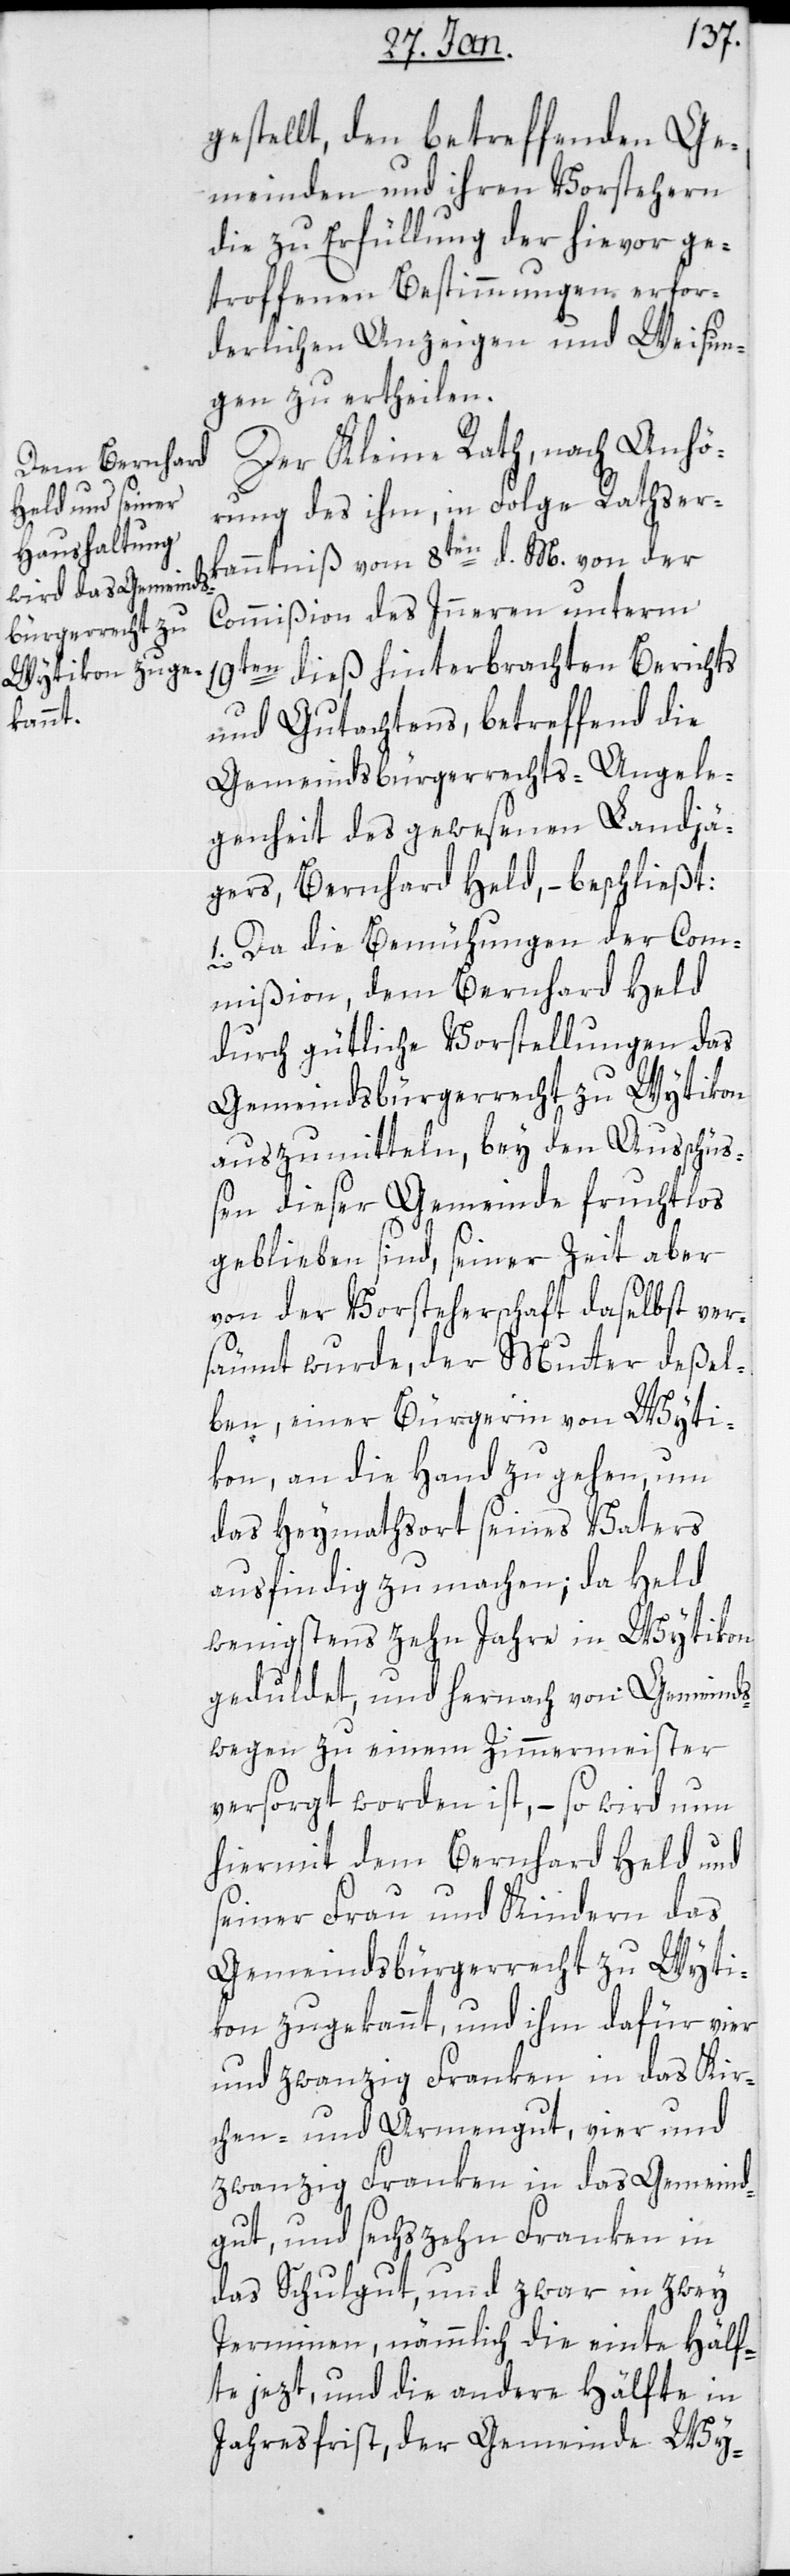
gestellt, den betreffenden Ge¬
meinden mit ihren Vorstehern
die zu Erfüllung der hievor ge¬
troffenen Bestimmungen erfor¬
derlichen Anzeigen und Weisun¬
gen zu erteilen.
Der Kleine Rath, nach Anhö¬
rung des ihm, in Folge Rathser¬
kanntnis vom 8ten d. M. von der
Commißion des Innern unterm
19ten dieß hinterbrachten Berichts
und Gutachtens, betreffend die
Gemeindsbürgerrechts-Angele¬
genheit des gewesenen Landjä¬
gers Bernhard Held, – beschließt:
1. Da die Bemühungen der Com¬
mißion, dem Bernhard Held
durch gütliche Vorstellungen das
Gemeindsbürgerrecht zu Wytikon
auszumitteln, bey den Ausschüß¬
en dieser Gemeinde fruchtlos
geblieben sind, seiner Zeit aber
von der Vorsteherschaft daselbst ver¬
säumt wurde, der Mutter deßel¬
ben, einer Bürgerin von Wyti¬
kon, an die Hand zu gehen, um
das Heymatort seines Vaters
ausfindig zu machen; da Held
wenigstens zehn Jahre in Witikon
geduldet, und hernach von Gemeinds
wegen zu einem Zimmermeister
versorgt worden ist, – so wird nun
hiermit dem Bernhard Held und
seiner Frau und Kindern das
Gemeindsbürgerrecht zu Wyti¬
kon zugekannt, und ihm dafür vier
und zwanzig Franken in das Kir¬
chen- und Armengut, vier un
zwanzig Franken in das Gemeind¬
gut, und sechzehn Franken in
das Schulgut, und zwar in zwey
Terminen, nämmlich die einte Hälf¬
te jezt und die andere Hälfte in
Jahresfrist, der Gemeinde Wy-